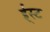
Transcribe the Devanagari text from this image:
ई्स्ट